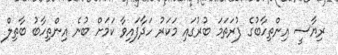
ރިޔާސީ އިންތިހާބުގެ ފުރަތަމަ ބުރުގައި މަކަރު ހަދާފައިވާ ކަމަށް ބުނެ އިންތިހާބު ބާތިލް